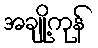
အချို့ကုန်